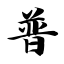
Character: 普